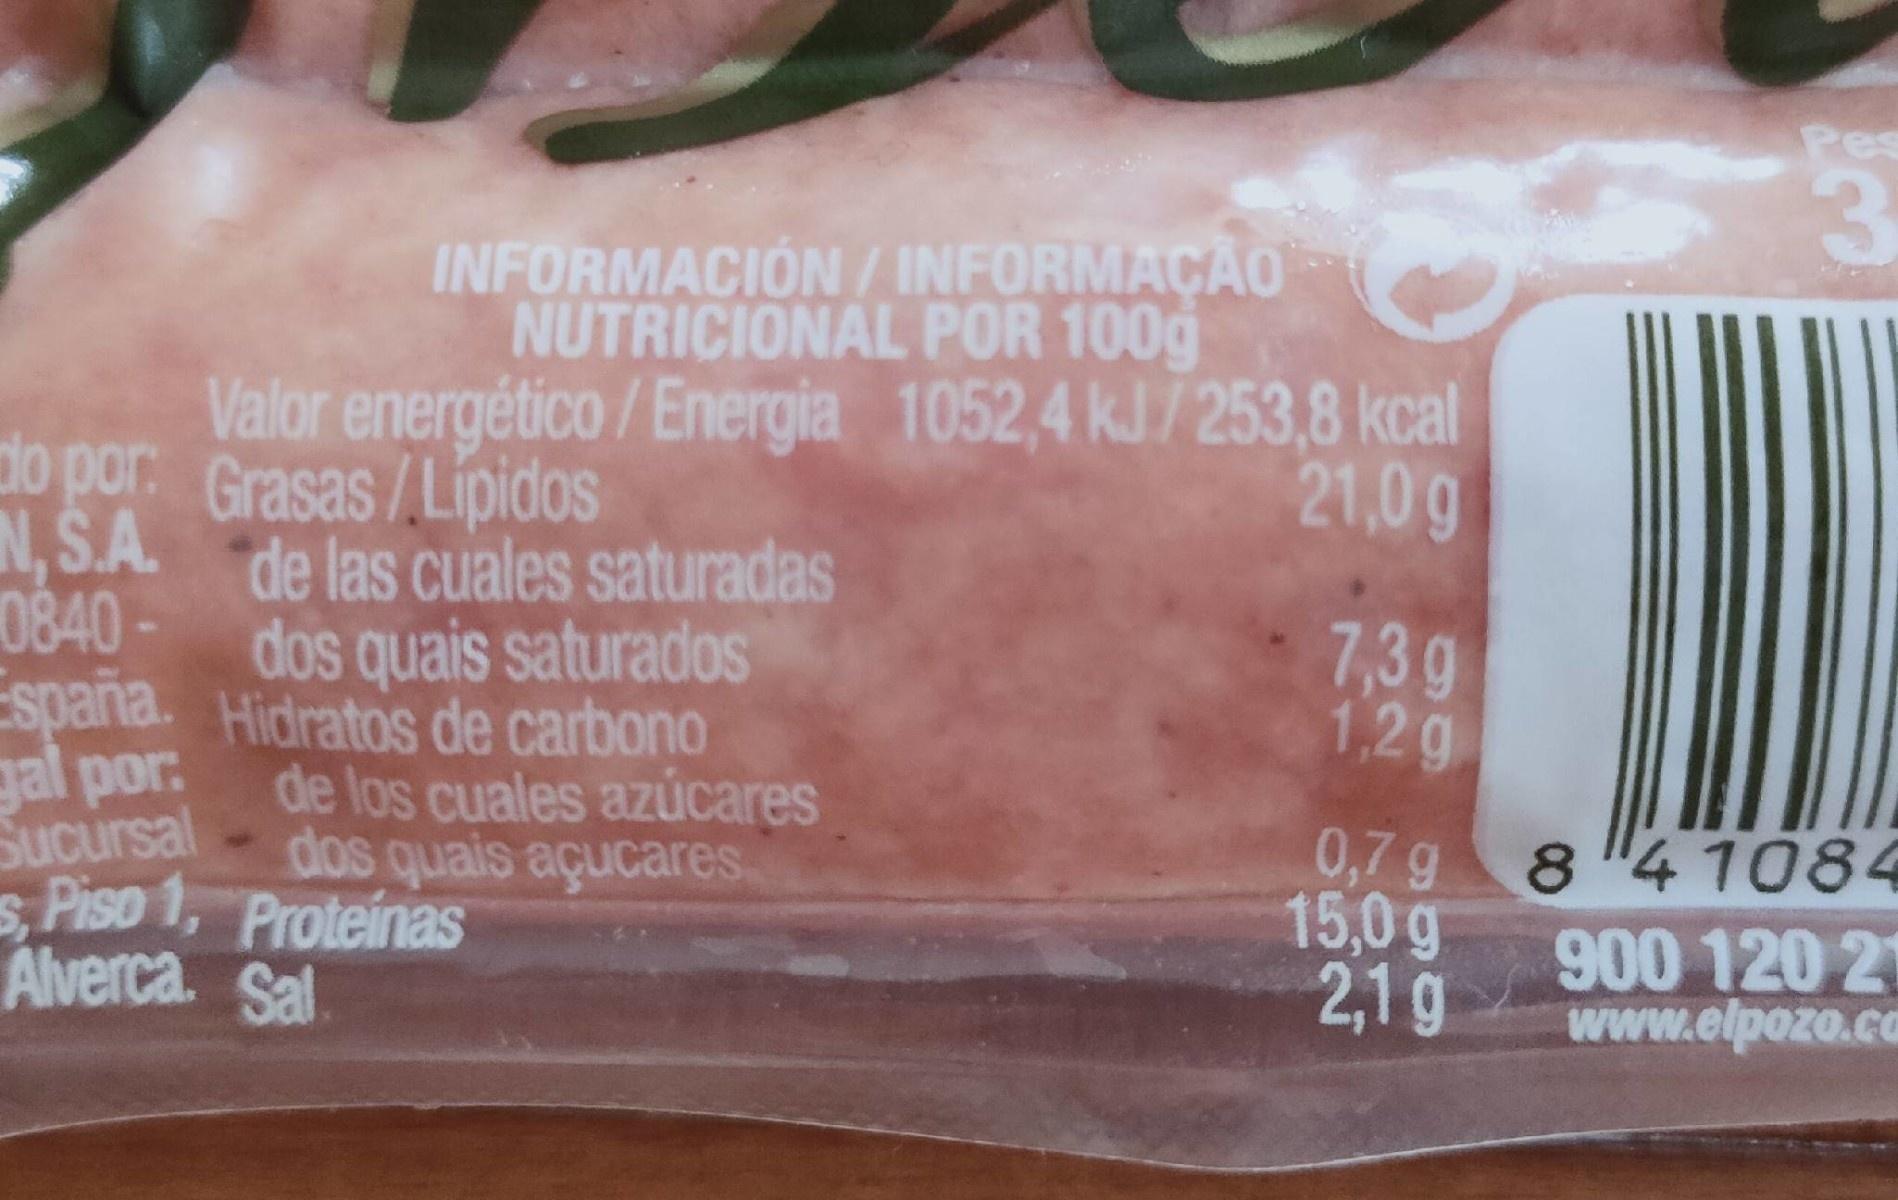
Pes
3
INFORMACIÓN/ INFORMAÇÃO NUTRICIONAL POR 100g
Valor energético/Energia 1052,4 kJ/253,8 kcal do por: Grasas /Lipidos N,S.A. de las cuales saturadas 0840- España. Hidratos de carbono gal por: Sucursal s Piso 1, Proteinas Alverca. Sal
21,0g
7,3g 1.2g
dos quais saturados
de los cuales azúcares dos quais açucares.
0,7 g 8 4 1084 15,0g 2,1 g
900 120 2 www.elpozo.co